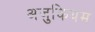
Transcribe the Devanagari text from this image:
अजुकियम